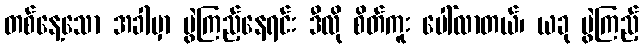
တစ်နေ့သော အခါမှာ ပွဲကြည့်နေရင်း ဒီလို စိတ်ကူး ပေါ်လာတယ်၊ ယခု ပွဲကြည့်